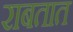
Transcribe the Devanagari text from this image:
राबतात